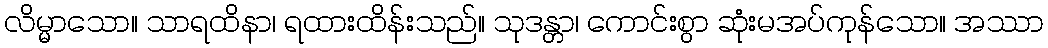
လိမ္မာသော။ သာရထိနာ၊ ရထားထိန်းသည်။ သုဒန္တာ၊ ကောင်းစွာ ဆုံးမအပ်ကုန်သော။ အဿာ